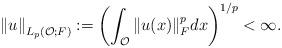
LaTeX: \begin{align*}\left\Vert u\right\Vert _{L_{p}(\mathcal{O};F)}:=\left(\int_{\mathcal{O}}\|u(x)\|_{F}^{p}dx\right)^{1/p}<\infty.\end{align*}